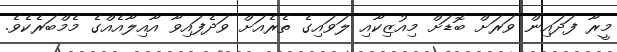
މީރާ ފަދައިން ވަރަށް ބޮޑަށް މިއުޒިކާއި ލަވައިގެ ތެރެއަށް ވަދެފައިވާ އާއިލާއެއްގެ މެމްބަރެކެވެ.